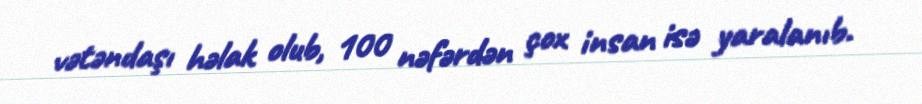
vətəndaşı həlak olub, 100 nəfərdən çox insan isə yaralanıb.